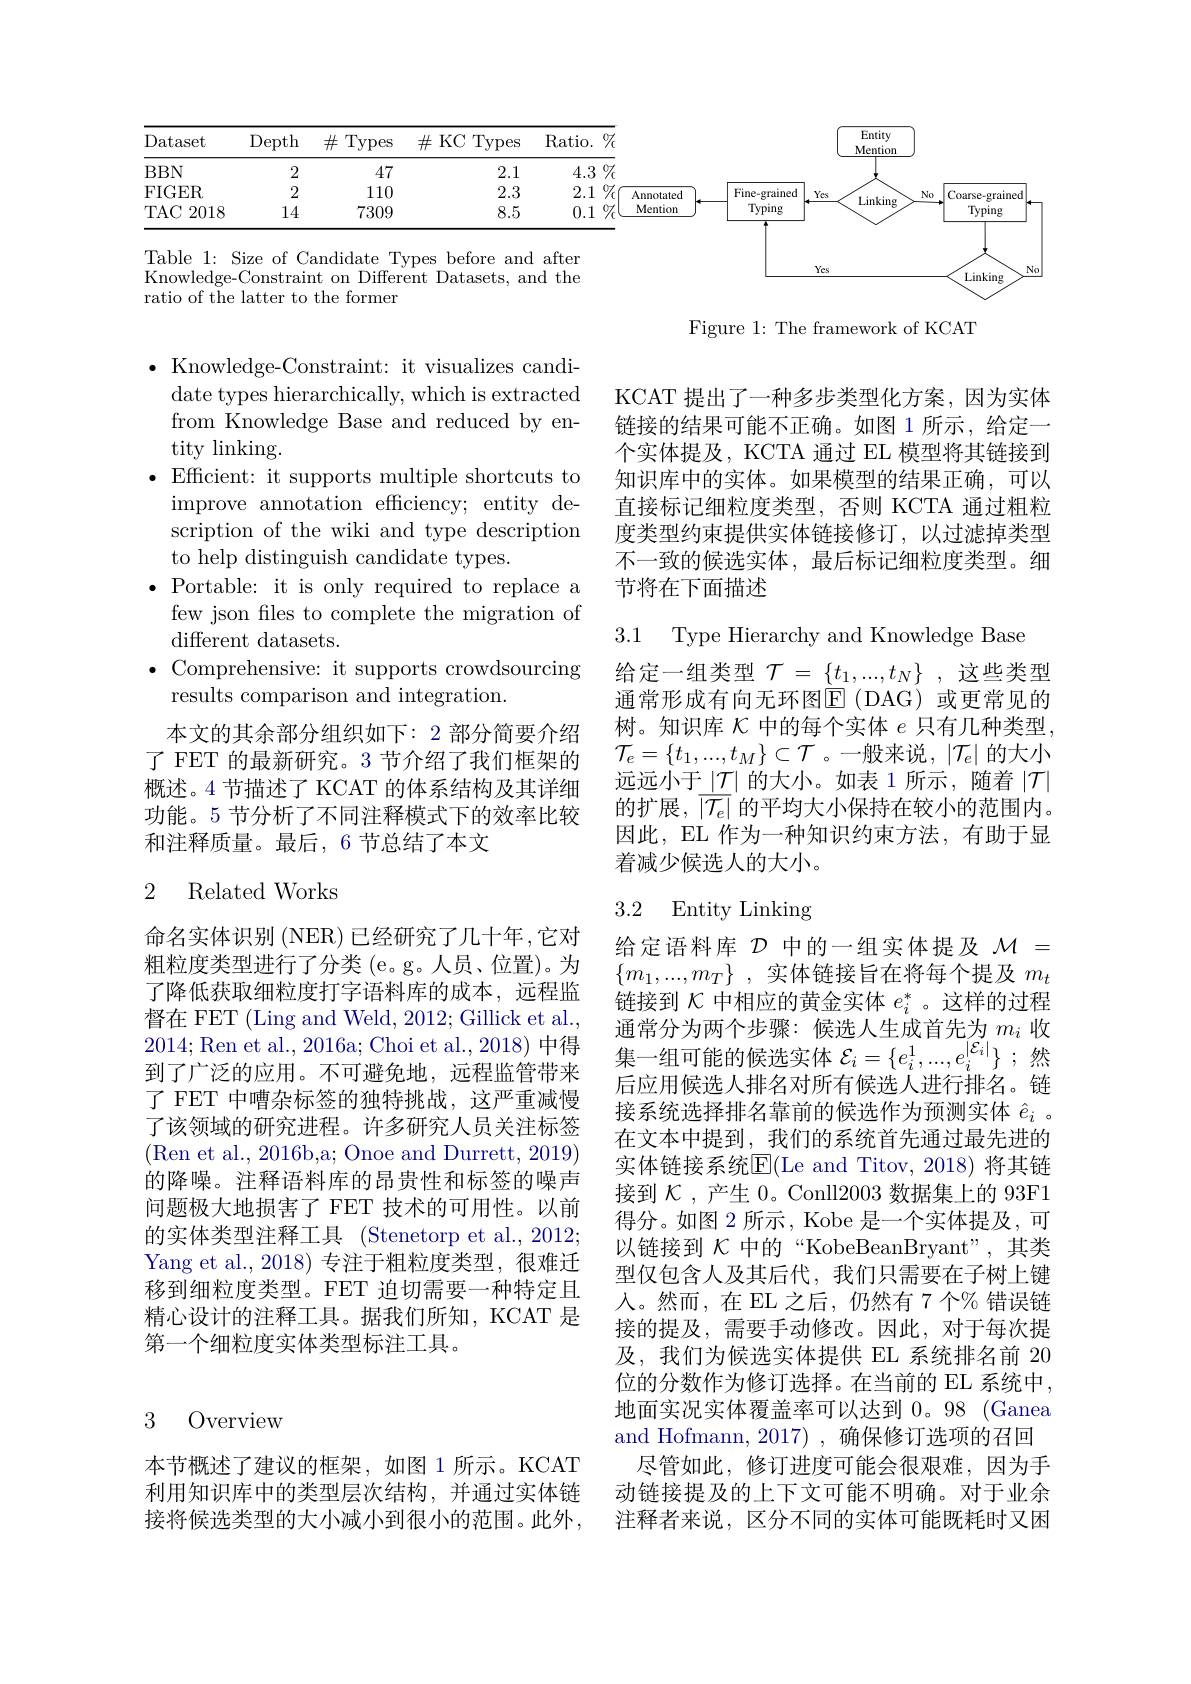
<FigureHere>

Figure 1: The framework of KCAT

KCAT 提出了一种多步类型化方案，因为实体链接的结果可能不正确。如图 1 所示，给定一个实体提及，KCTA 通过 EL 模型将其链接到知识库中的实体。如果模型的结果正确，可以直接标记细粒度类型，否则 KCTA 通过粗粒度类型约束提供实体链接修订，以过滤掉类型不一致的候选实体，最后标记细粒度类型。细节将在下面描述

$\bullet$ Knowledge-Constraint: it visualizes candi-
date types hierarchically, which is extracted from Knowledge Base and reduced by entity linking.
$\bullet$Efficient: it supports multiple shortcuts to
improve annotation efficiency; entity description of the wiki and type description to help distinguish candidate types.
$\bullet$ Portable: it is only required to replace a
few json fles to complete the migration of
different datasets.
$\bullet$ Comprehensive: it supports crowdsourcing
results comparison and integration.
本文的其余部分组织如下：2 部分简要介绍了 FET 的最新研究。3 节介绍了我们框架的概述。4 节描述了 KCAT 的体系结构及其详细功能。5 节分析了不同注释模式下的效率比较和注释质量。最后，6节总结了本文

3.1 Type Hierarchy and Knowledge Base
给定一组类型$\mathcal{T}=\underline\{t_1,...,t_N\}$ ,这些类型通常形成有向无环图$\overline{\mathrm{E}}$(DAG)或更常见的树。知识库$\mathcal{K}$中的每个实体$e$只有几种类型， $\mathcal{T}_e=\{t_1,...,t_M\}\subset\mathcal{T}$。一般来说，$\left|\mathcal{T}_e\right|$的大小远远小于$\left|\underline{\mathcal{T}}\right|$的大小。如表 1 所示，随着 $\left|\mathcal{T}\right|$ 的扩展，$\left|\overline{\mathcal{T}_e}\right|$的平均大小保持在较小的范围内。因此，EL 作为一种知识约束方法，有助于显着减少候选人的大小。

### 2 Related Works

## 3.2 Entity Linking

命名实体识别 (NER) 已经研究了几十年，它对粗粒度类型进行了分类(e。g。人员、位置)。为了降低获取细粒度打字语料库的成本，远程监督在 FET (Ling and Weld, 2012; Gillick et al., 2014;Ren et al., 2016a; Choi et al., 2018) 中得到了广泛的应用。不可避免地，远程监管带来了 FET 中嘈杂标签的独特挑战，这严重减慢了该领域的研究进程。许多研究人员关注标签(Ren et al., 2016b,a; Onoe and Durrett, 2019) 的降噪。注释语料库的昂贵性和标签的噪声问题极大地损害了 FET 技术的可用性。以前的实体类型注释工具 (Stenetorp et al.,2012; Yang et al., 2018)专注于粗粒度类型，很难迁移到细粒度类型。FET 迫切需要一种特定且精心设计的注释工具。据我们所知，KCAT 是第一个细粒度实体类型标注工具。

给定语料库$\mathcal{D}$中的一组实体提及$\mathcal{M}=$ $\{ m_{1}, . . . , m_{T}\}$ , 实体链接旨在将每个提及 $m_t$ 链接到$\mathcal{K}$中相应的黄金实体$e_i^*$ 。这样的过程通常分为两个步骤：候选人生成首先为$m_i$收集一组可能的候选实体$\mathcal{E}_i=\{e_i^1,...,e_i^{|\mathcal{E}_i|}\}$ ;然后应用候选人排名对所有候选人进行排名。链接系统选择排名靠前的候选作为预测实体$\hat{e}_i$ 。在文本中提到，我们的系统首先通过最先进的实体链接系统$\operatorname{E}($Le and Titov,2018)将其链接到$\mathcal{K}$,产生 0。Conll2003 数据集上的 93F1得分。如图 2 所示，Kobe 是一个实体提及，可以链接到$\mathcal{K}$中的“KobeBeanBryant”,其类型仅包含人及其后代，我们只需要在子树上键人。然而，在 EL 之后，仍然有 7 个% 错误链接的提及，需要手动修改。因此，对于每次提及，我们为候选实体提供 EL 系统排名前 20位的分数作为修订选择。在当前的 EL 系统中， 地面实况实体覆盖率可以达到0。98 (Ganea and Hofmann, 2017) , 确保修订选项的召回
尽管如此，修订进度可能会很艰难，因为手动链接提及的上下文可能不明确。对于业余注释者来说，区分不同的实体可能既耗时又困

3 Overview

本节概述了建议的框架，如图 1 所示。KCAT 利用知识库中的类型层次结构，并通过实体链接将候选类型的大小减小到很小的范围。此外，